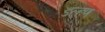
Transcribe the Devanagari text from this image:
डल्हण